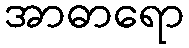
အာဓာရော